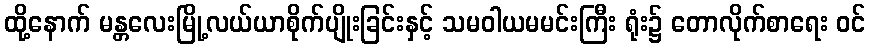
ထို့နောက် မန္တလေးမြို့လယ်ယာစိုက်ပျိုးခြင်းနှင့် သမဝါယမမင်းကြီး ရုံး၌ တောလိုက်စာရေး ဝင်